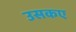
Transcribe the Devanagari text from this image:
उसकए